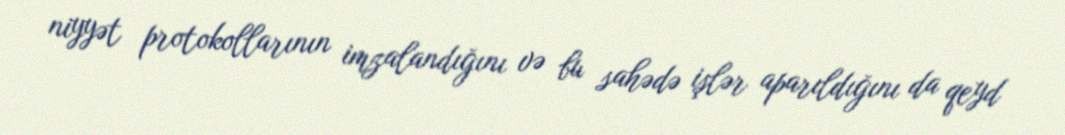
niyyət protokollarının imzalandığını və bu sahədə işlər aparıldığını da qeyd